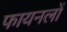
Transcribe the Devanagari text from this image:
फायनलों